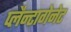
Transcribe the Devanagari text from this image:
प्लैन्टागेनेट